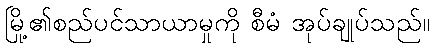
မြို့၏စည်ပင်သာယာမှုကို စီမံ အုပ်ချုပ်သည်။